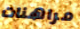
مراهنات